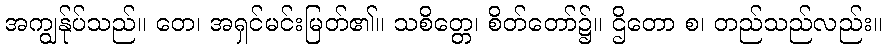
အကျွန်ုပ်သည်။ တေ၊ အရှင်မင်းမြတ်၏။ သစိတ္တေ၊ စိတ်တော်၌။ ဌိတော စ၊ တည်သည်လည်း။